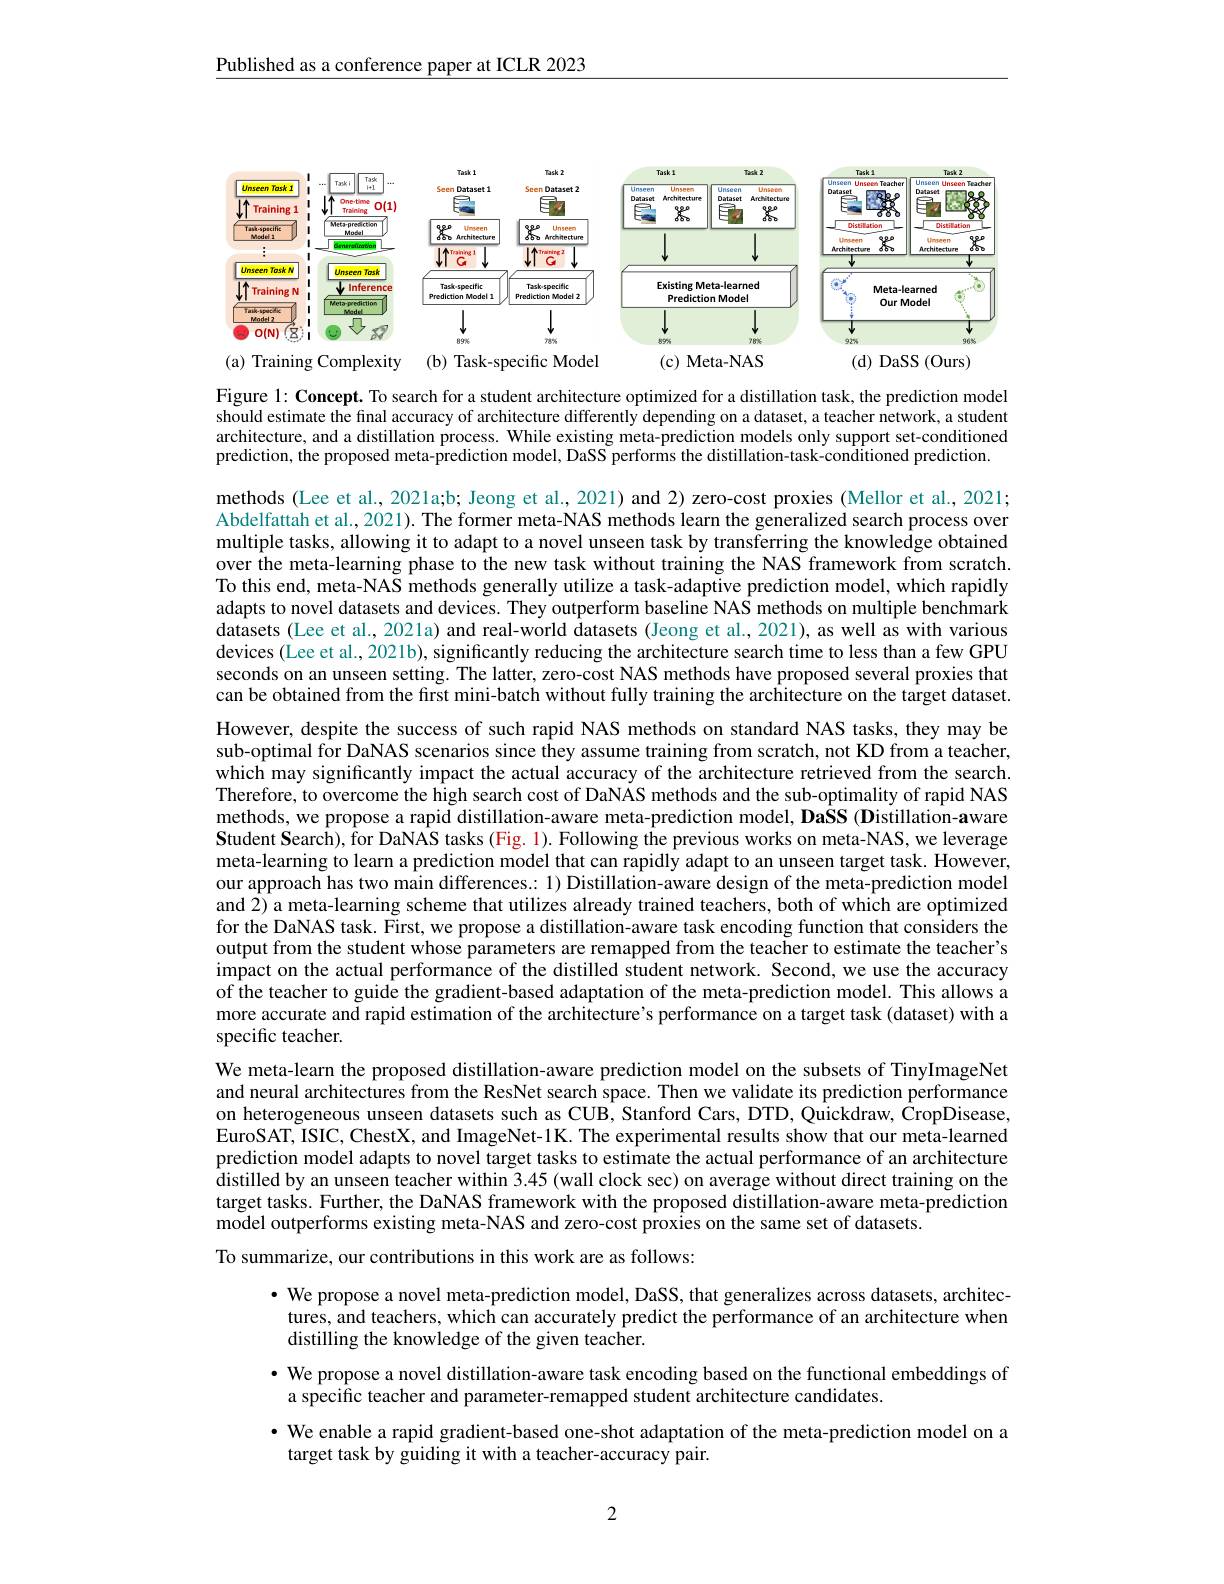
Published as a conference paper at ICLR 2023

<FigureHere>

Figure l: Concept. To search for a student architecture optimized for a distillation task, the prediction model should estimate the final accuracy of architecture differently depending on a dataset, a teacher network, a student architecture, and a distillation process. While existing meta-prediction models only support set-conditioned nrediction tha proncad mata pradiction modal DaSS parformc tha dictillotion tack conditionad pradictioned prediction, the proposed meta-prediction model, DaSSS performs the distillation-task-conditioned prediction.

methods (Lee et al., 2021a;b; Jeong et al., 2021) and 2) zero-cost proxies (Mellor et al., 2021; Abdelfattah et al., 2021). The former meta-NAS methods learn the generalized search process over multiple tasks, allowing it to adapt to a novel unseen task by transferring the knowledge obtained over the meta-learning phase to the new task without training the NAS framework from scratch. To this end, meta-NAS methods generally utilize a task-adaptive prediction model, which rapidly adapts to novel datasets and devices. They outperform baseline NAS methods on multiple benchmark $\hat{\text{datasets(Lee et al., 2021a)and real-world datasets(Jeong et al., 2021), as well as with various}}$ devices (Lee et al., 2021b), significantly reducing the architecture search time to less than a few GPU seconds on an unseen setting. The latter, zero-cost NAS methods have proposed several proxies that can be obtained from the first mini-batch without fully training the architecture on the target dataset. However, despite the success of such rapid NAS methods on standard NAS tasks, they may be sub-optimal for DaNAS scenarios since they assume training from scratch, not KD from a teacher, which may significantly impact the actual accuracy of the architecture retrieved from the search Therefore, to overcome the high search cost of DaNAS methods and the sub-optimality of rapid NAS methods, we propose a rapid distillation-aware meta-prediction model, DaSS (Distillation-aware Student Search), for DaNAS tasks (Fig. 1). Following the previous works on meta-NAS, we leverage meta-learning to learn a prediction model that can rapidly adapt to an unseen target task. However, our approach has two main differences.: 1) Distillation-aware design of the meta-prediction model and 2) a meta-learning scheme that utilizes already trained teachers, both of which are optimized for the DaNAS task. First, we propose a distillation-aware task encoding function that considers the output from the student whose parameters are remapped from the teacher to estimate the teacher's impact on the actual performance of the distilled student network. Second, we use the accuracy of the teacher to guide the gradient-based adaptation of the meta-prediction model. This allows a more accurate and rapid estimation of the architecture's performance on a target task (dataset) with a specific teacher.
We meta-learn the proposed distillation-aware prediction model on the subsets of TinyImageNet and neural architectures from the ResNet search space. Then we validate its prediction performance on heterogeneous unseen datasets such as CUB, Stanford Cars, DTD, Quickdraw, CropDisease, EuroSAT, ISIC, ChestX, and ImageNet-1K. The experimental results show that our meta-learned prediction model adapts to novel target tasks to estimate the actual performance of an architecture distilled by an unseen teacher within 3.45 (wall clock sec) on average without direct training on the target tasks. Further, the DaNAS framework with the proposed distillation-aware meta-prediction model outperforms existing meta-NAS and zero-cost proxies on the same set of datasets.
To summarize, our contributions in this work are as follows:
· We propose a novel meta-prediction model, DaSS, that generalizes across datasets, architec-

tures, and teachers, which can accurately predict the performance of an architecture when
distilling the knowledge of the given teacher.

$\cdot$ We propose a novel distillation-aware task encoding based on the functional embeddings of
a specific teacher and parameter-remapped student architecture candidates.
· We enable a rapid gradient-based one-shot adaptation of the meta-prediction model on a
target task by guiding it with a teacher-accuracy pair.

2